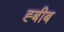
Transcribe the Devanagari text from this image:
ह्बीब